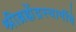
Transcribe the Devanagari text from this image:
श्रीब्रह्मेंद्रस्वामींचे